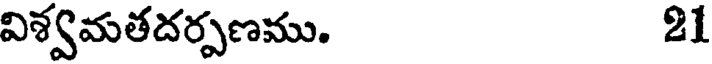
విశ్వమతదర్పణము. 21